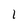
Character: 1